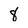
Character: 8